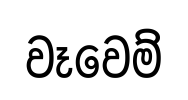
වෑවෙම්